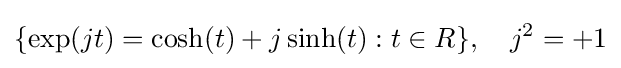
\lbrace \exp(jt)=\cosh(t)+j\sinh(t):t\in R\rbrace ,\quad j^{2}=+1